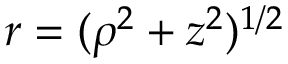
r = ( \rho ^ { 2 } + z ^ { 2 } ) ^ { 1 / 2 }